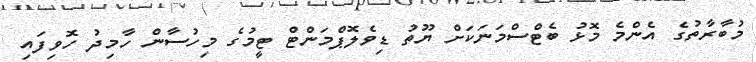
މުބާރާތުގެ އެންމެ މޮޅު ބެޓްސްމަނަކަށް ޔޫތު ޑިވެލޮޕްމަންޓް ޓީމުގެ މިހުސާން ހާމިދު ހޮވިފައި